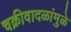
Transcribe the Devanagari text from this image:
चक्रीवादळांमुळे